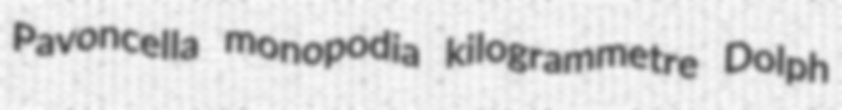
Pavoncella monopodia kilogrammetre Dolph